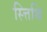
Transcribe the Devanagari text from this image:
स्त्तिथि